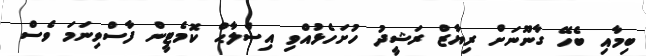
ބިމާއި ބެހޭ ގާނޫނަށް ރިޔާޒް ރަޝީދު ހުށަހެޅުއްވި އިސްލާޙް ކޮމެޓީން ފާސްވިނަމަ ވެސް